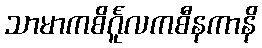
သာမာကစိင်္ဂူလကစီနကာနိ